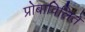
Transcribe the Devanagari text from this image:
प्रोबाविलिते